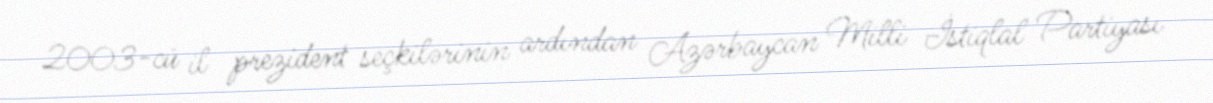
2003-cü il prezident seçkilərinin ardından Azərbaycan Milli İstiqlal Partiyası